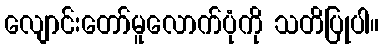
လျောင်းတော်မူလောက်ပုံကို သတိပြုပါ။